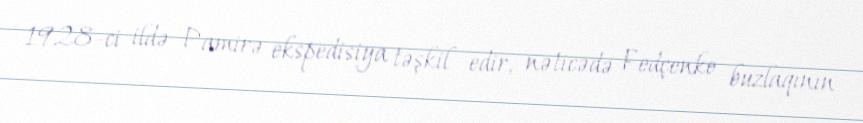
1928-ci ildə Pamirə ekspedisiya təşkil edir, nəticədə Fedçenko buzlaqının